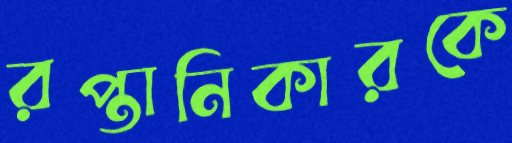
রপ্তানিকারকে